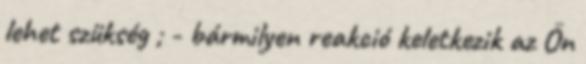
lehet szükség ; - bármilyen reakció keletkezik az Ön